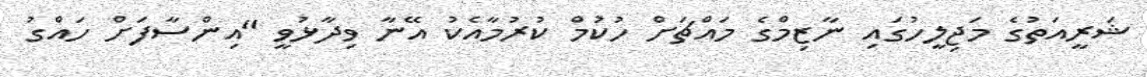
ޝަރީއަތުގެ މަޖިލީހުގައި ނާޒިމްގެ މައްޗަށް ހުކުމް ކުރުމާއެކު އޭނާ ވިދާޅުވީ "އިންސާފަށް ހައްގު